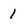
Character: 1